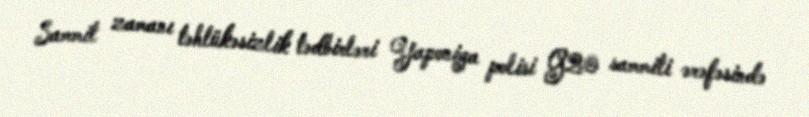
Sammit zamanı təhlükəsizlik tədbirləri Yaponiya polisi G20 sammiti ərəfəsində